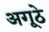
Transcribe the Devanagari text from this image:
अगूठे